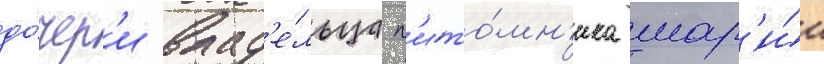
до́чер'и влад'е́льца п'ито́мн'ика мар'и́и